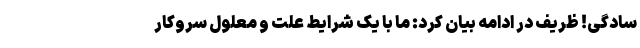
سادگی! ظریف در ادامه بیان کرد: ما با یک شرایط علت و معلول سروکار